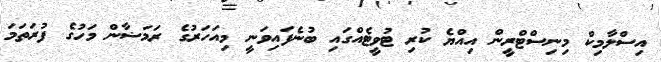
އިސްލާމިކް މިނިސްޓްރީން އިއްޔެ ކުރި ޓުވީޓެއްގައި ބުނެފައިވަނީ މިއަހަރުގެ ރަމަޟާން މަހުގެ ފުރަތަމަ